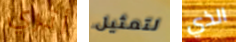
أتري لتمثيل الذي